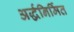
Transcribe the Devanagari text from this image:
अर्द्धनिर्मित